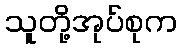
သူတို့အုပ်စုက